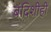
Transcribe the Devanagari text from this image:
बंदिशीही